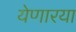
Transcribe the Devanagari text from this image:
येणारया